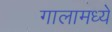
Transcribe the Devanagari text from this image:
गालामध्ये